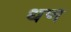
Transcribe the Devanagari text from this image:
धण